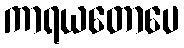
ကာရယတောပေ